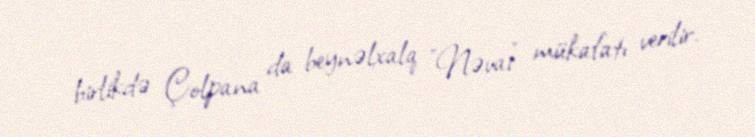
birlikdə Çolpana da beynəlxalq "Nəvai" mükafatı verilir.